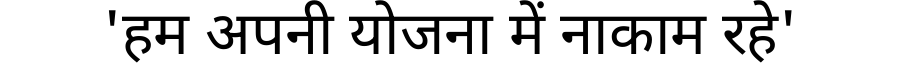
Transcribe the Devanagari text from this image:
'हम अपनी योजना में नाकाम रहे'